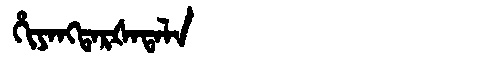
Manchu: ᡥᡳᠶᠠᠩᡨᠠᡵᡧᠠᡨᠠᠯᠠ
Romanization: HIYANGTARŠATALA